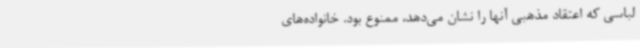
لباسی که اعتقاد مذهبی آنها را نشان می‌دهد، ممنوع بود. خانواده‌های